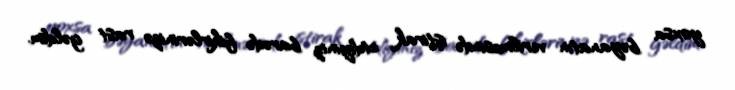
yoxsa bəyanatın verilməsində iştirak etdiyiniz barədə fikirlərinizə rast gəldim.